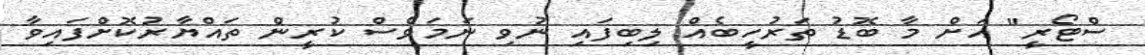
ސްޓޯރީ" އަށް މާ ބޮޑު ތަރުހީބެއް ލިބިފައި ނުވި ނަމަވެސް ކުރީން ތައްޔާރުކޮށްފައިވާ